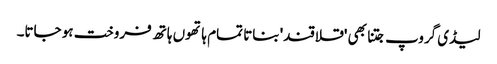
لیڈی گروپ جتنا بھی 'قلاقند' بناتا تمام ہاتھوں ہاتھ فروخت ہو جاتا۔